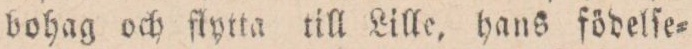
bohag och flytta till Lille, hans födelſe=